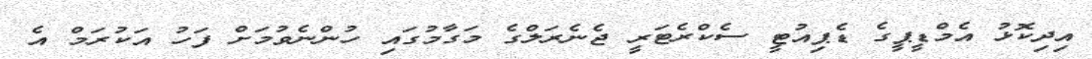
އިދިކޮޅު އެމްޑީޕީގެ ޑެޕިއުޓީ ސެކްރެޓަރީ ޖެނެރަލްގެ މަގާމުގައި ހުންނެވުމަށް ފަހު އަކުރަމް އެ